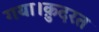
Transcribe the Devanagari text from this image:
गया।क़ुदरत